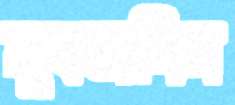
মুবতাসিম